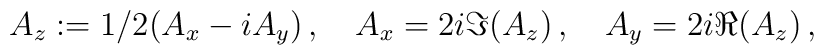
A_z := 1/2 ( A_x - i A_y ) \, , \quad A_x = 2 i \Im(A_z) \, , \quad A_y = 2 i \Re(A_z) \, ,